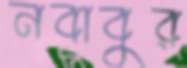
নবাবুর